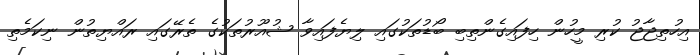
އިހުތިޖާޖު ކުރި މީހުން ހިފައިގެންތިބި ބޯޑުތަކުގައި ލިޔެފައިވާ ޝުއޫރުތަކުގެ ތެރޭގައި ރައްޔިތުން ނިކަމެތި